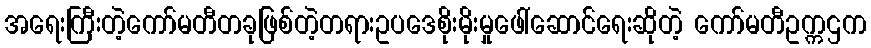
အရေးကြီးတဲ့ကော်မတီတခုဖြစ်တဲ့တရားဥပဒေစိုးမိုးမှုဖေါ်ဆောင်ရေးဆိုတဲ့ ကော်မတီဥက္ကဌက